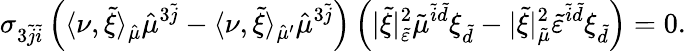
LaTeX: \sigma_{3\tilde{j}\tilde{i}}\left(\langle\nu,\tilde{\xi}\rangle_{\hat{\mu}}\hat{\mu}^{3\tilde{j}}-\langle\nu,\tilde{\xi}\rangle_{\hat{\mu}^{\prime}}\hat{\mu}^{3\tilde{j}}\right)\left(\lvert\tilde{\xi}\rvert_{\tilde{\varepsilon}}^{2}\tilde{\mu}^{\tilde{i}\tilde{d}}\xi_{\tilde{d}}-\lvert\tilde{\xi}\rvert_{\tilde{\mu}}^{2}\tilde{\varepsilon}^{\tilde{i}\tilde{d}}\xi_{\tilde{d}}\right)=0.